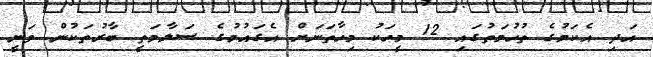
އަދި އެކަމުގެ ތުހުމަތުގައި 12 މީހަކު މިހާތަނަށް އެގައުމުގެ ސަލާމަތީ ބާރުތަކުން ވަނީ